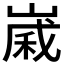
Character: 𪩈